Elephants and their diseases
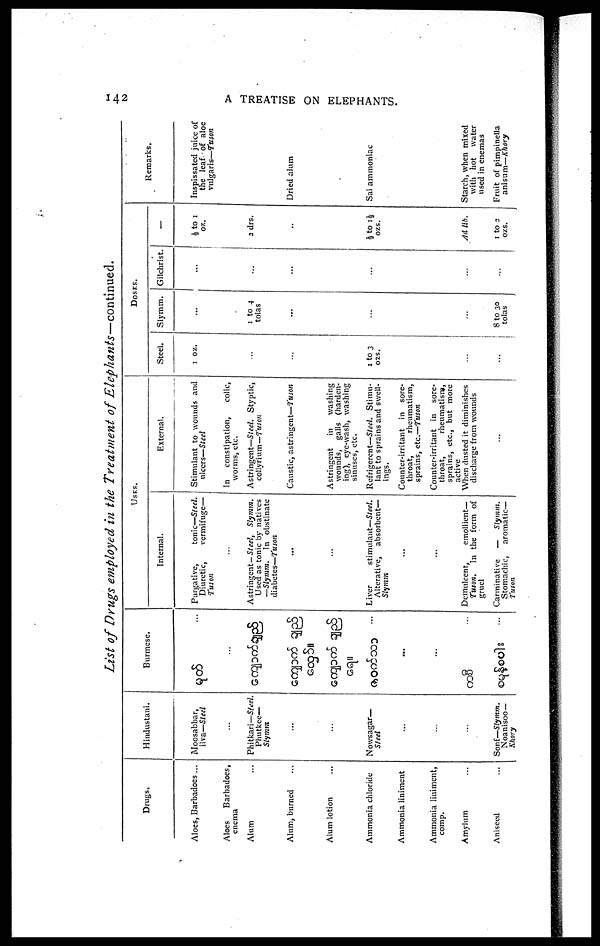
142
A TREATISE ON ELEPHANTS.
List of Drugs employed in the Treatment of
Elephants—continued.
Drugs.
Aloes, Barbadoes...
Aloes Barbadoes,
enema
Alum
Alum, burned
Alum lotion
Ammonia chloride
Ammonia liniment
Ammonia liniment,
comp.
Amylum
Aniseed
Hindustani.
Moosabbar,
ilva—Steel
Phitkari—Steel.
Phutkee—
Slymm
...
...
Nowsagar—
Steel
...
...
...
Son£—Slymm.
Noanisoo —
Khory
Burmese.
...
...
USES.
Internal.
Purgative,
tonic—Steel.
Diuretic,
vermifuge—
Tuson
Astringent— Steel, Slymm.
Used as tonic by natives
—Slymm. In obstinate
diabetes—Tuson
....
....
Liver
stimulant—Steel.
Alterative, absorbent—
Slymm
...
...
Demulcent,
emollient—
Tuson. In the form of
gruel
Carminative — Slymm.
Stomachic, aromatic—
Tuson
External.
Stimulant to wounds and
ulcers—Steel
In constipation,
colic,
worms, etc.
Astringent—Steel. Styptic,
collyrium—Tuson
Caustic, astringent—Tuson
Astringent in
washing
wounds, galls (harden-
ing), eye-wash, washing
sinuses, etc.
Refrigerent—Steel. Stimu-
lant to sprains and swell-
ings.
Counter-irritant in sore-
throat,
rheumatism,
sprains, etc.—Tuson
Counter-irritant in sore-
throat,
rheumatism,
sprains, etc., but more
active
When dusted it diminishes
discharge from wounds
...
DOSES.
Steel.
1 oz.
...
...
...
1 to 3
ozs.
...
...
...
...
Slymm.
...
1 to 4
tolas
...
...
...
...
...
...
8 to 30
tolas
Gilchrist.
...
...
...
...
...
...
...
...
...
-
½ to 1
oz.
2 drs.
...
...
½ to 1½
ozs.
...
...
Adlib.
1 to 2
ozs.
Remarks.
Inspissated juice of
the leaf of aloe
vulgaris—Tuson
Dried alum
Sal ammoniac
Starch, when mixed
with hot water
used in enemas
Fruit of pimpinella
anisum—Khory